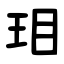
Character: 㺺